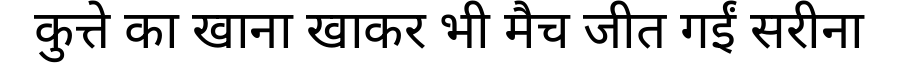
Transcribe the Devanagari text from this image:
कुत्ते का खाना खाकर भी मैच जीत गईं सरीना